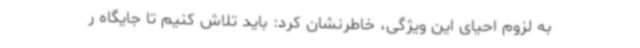
به لزوم احیای این ویژگی، خاطرنشان کرد: باید تلاش کنیم تا جایگاه ر